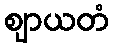
ဈာယတံ